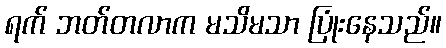
ရက် ဘတ်တလာက မသိမသာ ပြုံးနေသည်။